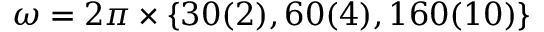
\omega = 2 \pi \times \{ 3 0 ( 2 ) , 6 0 ( 4 ) , 1 6 0 ( 1 0 ) \}